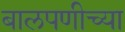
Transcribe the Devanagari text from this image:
बालपणीच्या